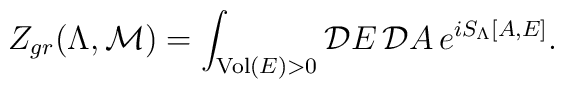
Z_{gr}(\Lambda,{\cal M}) = \int_{{\rm Vol}(E) > 0} {\cal D}E \,{\cal D}A \, e^{iS_\Lambda[A,E]}.